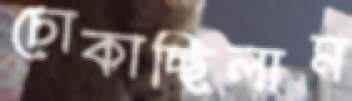
চোকাচ্ছিলাম